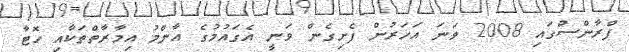
ފްރާންސްގައި 2008 ވަނަ އަހަރުން ފެށިގެން ވަނީ އެގައުމުގެ އާންމު އިމާރާތްތަކާއި ހޮޓާ